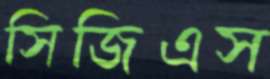
সিজিএস